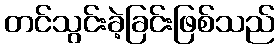
တင်သွင်းခဲ့ခြင်းဖြစ်သည်